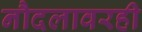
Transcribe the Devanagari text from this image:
नौदलावरही